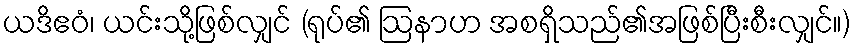
ယဒိဧဝံ၊ ယင်းသို့ဖြစ်လျှင် (ရုပ်၏ ဩနာဟ အစရှိသည်၏အဖြစ်ပြီးစီးလျှင်။)